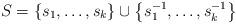
LaTeX: \begin{align*}S=\left\{ s_{1},\ldots,s_{k}\right\} \cup\left\{ s_{1}^{-1},\ldots,s_{k}^{-1}\right\}\end{align*}